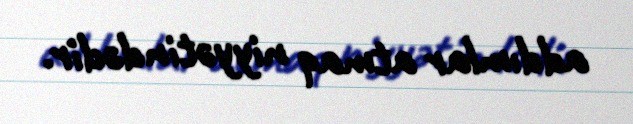
addımlar atmaq niyyətindədir.